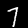
Digit: 7